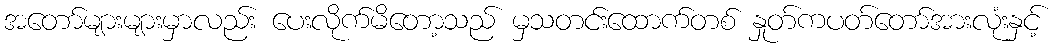
အတော်များများမှာလည်း ပေးလိုက်မိတော့သည် မှသတင်းထောက်တစ် နှုတ်ကပတ်တော်အားလုံးနှင့်